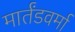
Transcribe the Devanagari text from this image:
मार्तंडवर्मा